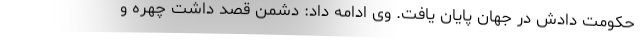
حکومت دادش در جهان پایان یافت. وی ادامه داد: دشمن قصد داشت چهره و